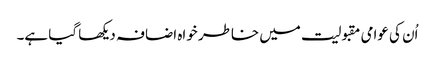
اُن کی عوامی مقبولیت میں خاطر خواہ اضافہ دیکھا گیا ہے۔